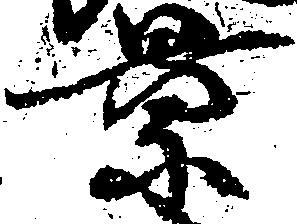
景